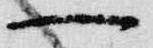
一